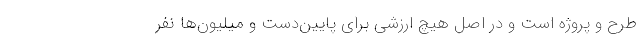
طرح و پروژه است و در اصل هیچ ارزشی برای پایین‌دست و میلیون‌ها نفر